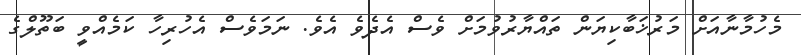
މެހުމާނާއަށް މަރުޚަބާކިޔަން ތައްޔާރުވުމަށް ވެސް އެދެވެ އެވެ. ނަމަވެސް އެހުރިހާ ކަމެއްވީ ބަތޫލްގެ